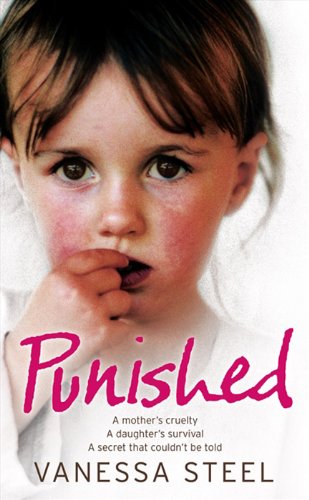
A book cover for Punished: A mother's cruelty. A daughter's survival. A secret that couldn't be told.; Vanessa Steel; Parenting & Relationships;